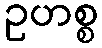
ဥဟစ္စ